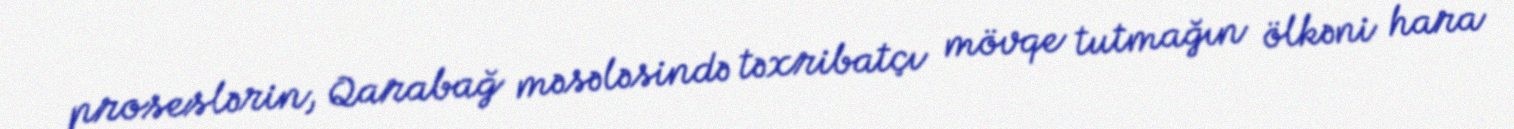
proseslərin, Qarabağ məsələsində təxribatçı mövqe tutmağın ölkəni hara